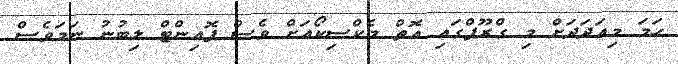
ހަމަ މިއަދަދަށް މި ގްރޫޕްގައި އޮތް މެކްސިކޯއަށް ވެސް ޕޮއިންޓް ލިބުނު ނަމަވެސް